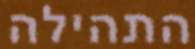
התהילה